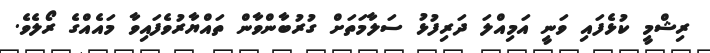
ރިޝްމީ ކުޅެފައި ވަނީ އަމިއްލަ ދަރިފުޅު ސަލާމަތަށް ގުރުބާންވާން ތައްޔާރުވެފައިވާ މައެއްގެ ރޯލެވެ.